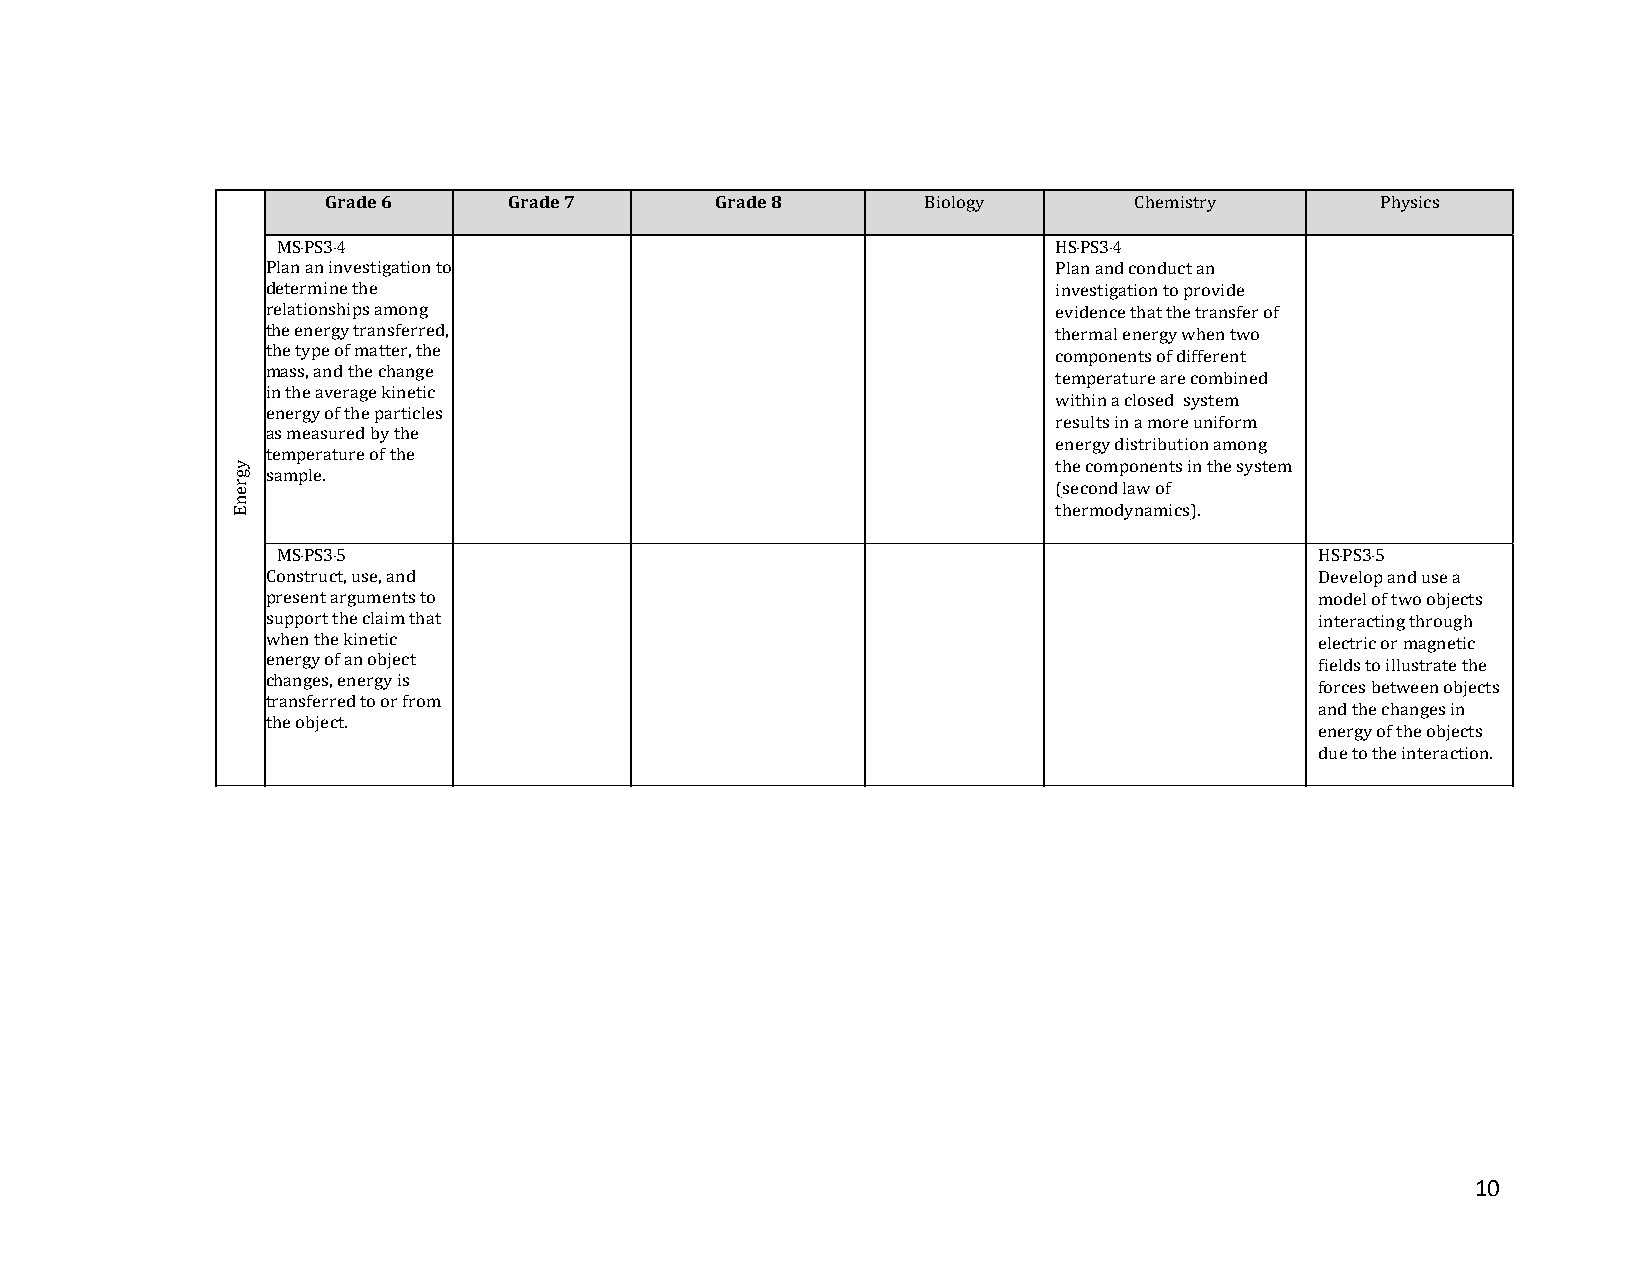
Grade 6     Grade 7      Grade 8       Biology       Chemistry       Physics
 MS‐PS3‐4                                            HS‐PS3‐4
 Plan an investigation to                            Plan and conduct an
 determine the                                       investigation to provide
 relationships among                                 evidence that the transfer of
 the energy transferred,                             thermal energy when two
 the type of matter, the                             components of different
 mass, and the change
 temperature are combined
 in the average kinetic
 within a closed system
 energy of the particles
 results in a more uniform
 as measured by the
 energy distribution among
 temperature of the
 the components in the system
 sample.
 (second law of
 thermodynamics).
 MS‐PS3‐5                                                             HS‐PS3‐5
 Construct, use, and                                                  Develop and use a
 present arguments to                                                 model of two objects
 support the claim that                                               interacting through
 when the kinetic                                                     electric or magnetic
 energy of an object                                                  fields to illustrate the
 changes, energy is
 forces between objects
 transferred to or from
 and the changes in
 the object.
 energy of the objects
 due to the interaction.
 10
 ygrenE